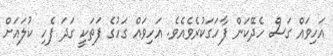
އަހިވައް ގަސް ހެދޭކަން ފާހަގަކުރެވެއެވެ. އަހިވައް ގަހުގެ ފަތަކީ ގަދަ ފެހި ކުލައަށް